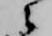
々